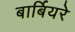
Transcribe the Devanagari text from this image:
बार्बियरे